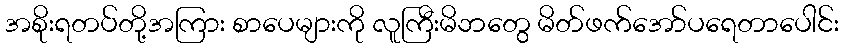
အစိုးရတပ်တို့အကြား စာပေများကို လူကြီးမိဘတွေ မိတ်ဖက်အော်ပရေတာပေါင်း